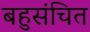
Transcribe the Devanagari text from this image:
बहुसंचित